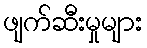
ဖျက်ဆီးမှုများ